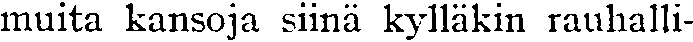
muita kansoja siinä kylläkin rauhalli-